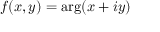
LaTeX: f ( x , y ) = \arg ( x + i y )